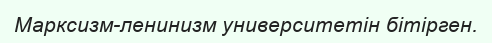
Марксизм-ленинизм университетін бітірген.